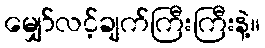
မျှော်လင့်ချက်ကြီးကြီးနဲ့။